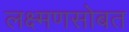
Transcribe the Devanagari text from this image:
लक्ष्मणसोबत